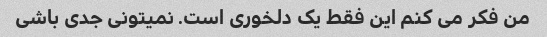
من فکر می کنم این فقط یک دلخوری است. نمیتونی جدی باشی